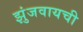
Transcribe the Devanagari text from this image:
झुंजवायची